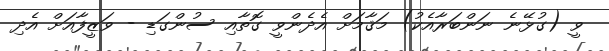
ވީ (ގުޅޭނެ ނަންބަރާއެކު) މަޤާމަށް އެދެންވީ ގޮތާއި ސުންގަޑި - ވަޒީފާއަށް އެދި